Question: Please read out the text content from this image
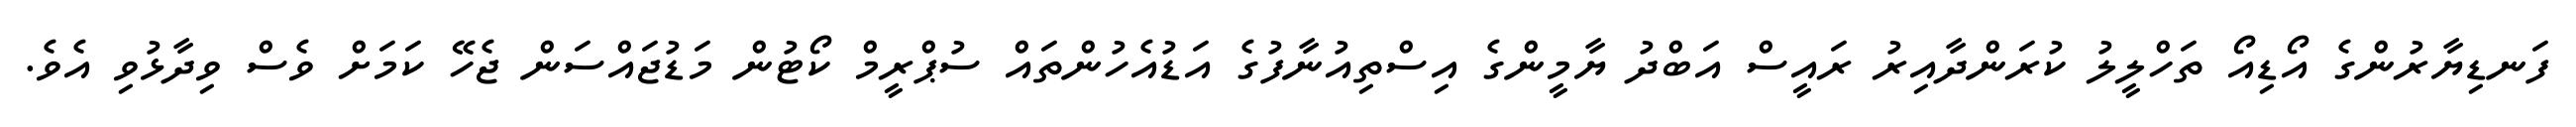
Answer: ފަނޑިޔާރުންގެ އޯޑިއޯ ތަހްލީލު ކުރަންދާއިރު ރައީސް އަބްދު ޔާމީންގެ އިސްތިއުނާފުގެ އަޑުއެހުންތައް ސުޕްރީމް ކޯޓުން މަޑުޖައްސަން ޖެހޭ ކަމަށް ވެސް ވިދާޅުވި އެވެ.